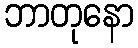
ဘာတုနော